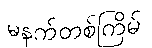
မနက်တစ်ကြိမ်